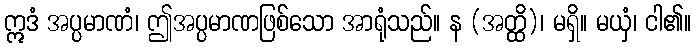
ဣဒံ အပ္ပမာဏံ၊ ဤအပ္ပမာဏဖြစ်သော အာရုံသည်။ န (အတ္ထိ)၊ မရှိ။ မယှံ၊ ငါ၏။